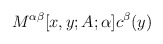
\begin{align*}M^{\alpha \beta }[x,y;A;\alpha ]c^{\beta }(y)\end{align*}